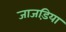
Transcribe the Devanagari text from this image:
जाजड़िया